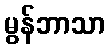
မွန်ဘာသာ